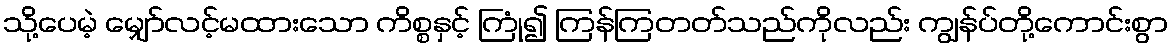
သို့ပေမဲ့ မျှော်လင့်မထားသော ကိစ္စနှင့် ကြုံ၍ ကြန်ကြတတ်သည်ကိုလည်း ကျွန်ပ်တို့ကောင်းစွာ